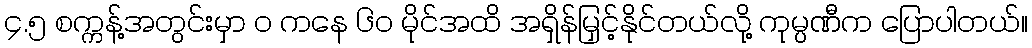
၄.၅ စက္ကန့်အတွင်းမှာ ၀ ကနေ ၆၀ မိုင်အထိ အရှိန်မြှင့်နိုင်တယ်လို့ ကုမ္ပဏီက ပြောပါတယ်။